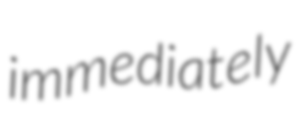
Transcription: immediately